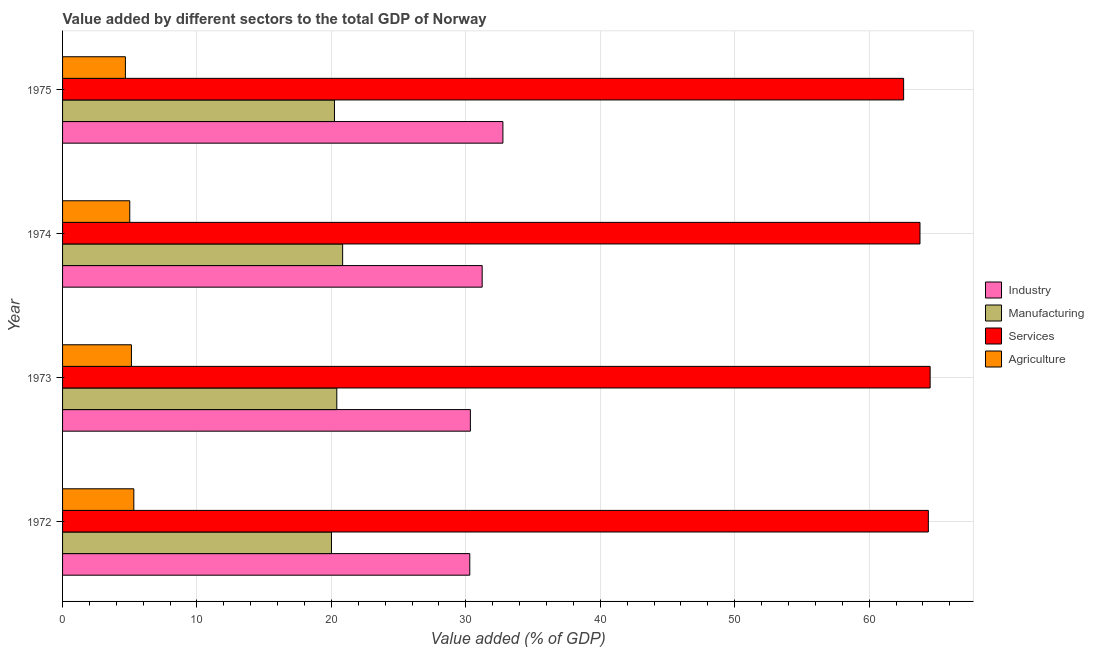
| Year | Industry | Manufacturing | Services | Agriculture |
 | --- | --- | --- | --- | --- |
 | 1972 | 30.3 | 20 | 64.4 | 5.3 |
 | 1973 | 30.3 | 20.4 | 64.5 | 5.12 |
 | 1974 | 31.2 | 20.8 | 63.8 | 5 |
 | 1975 | 32.8 | 20.2 | 62.6 | 4.67 |